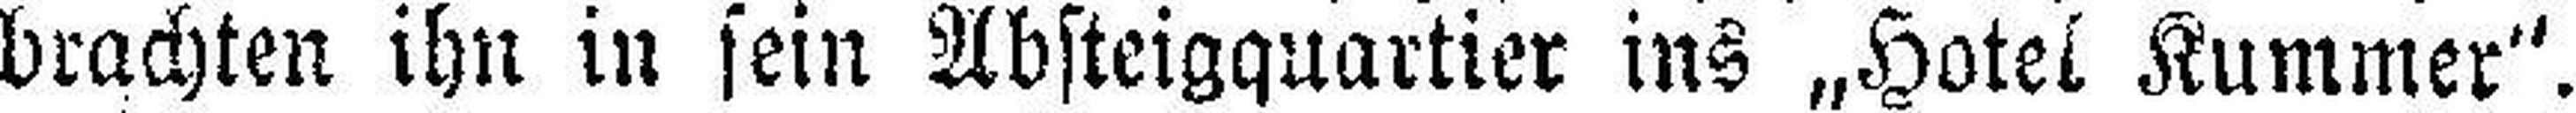
brachten ihn in sein Absteigquartier ins „Hotel Kummer“.